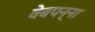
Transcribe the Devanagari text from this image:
वेबपन्ना